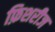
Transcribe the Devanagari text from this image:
फ़िशरीज